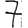
Digit: 7